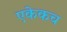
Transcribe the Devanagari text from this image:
एकेकच